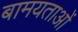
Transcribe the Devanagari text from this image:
बामयताओं